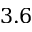
3 . 6